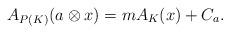
LaTeX: \begin{align*} A_{P(K)}(a \otimes x) = m A_K(x) + C_a.\end{align*}